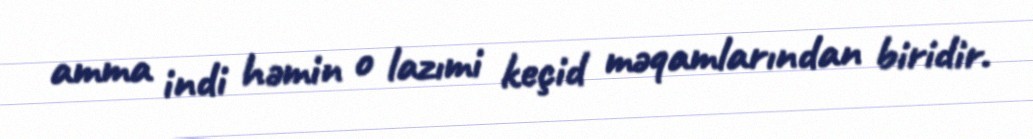
amma indi həmin o lazımi keçid məqamlarından biridir.